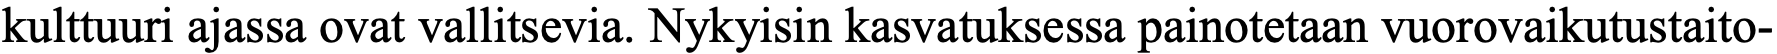
kulttuuri ajassa ovat vallitsevia. Nykyisin kasvatuksessa painotetaan vuorovaikutustaito-